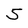
Character: 5